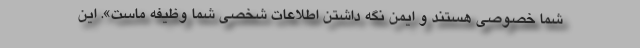
شما خصوصی هستند و ایمن نگه داشتن اطلاعات شخصی شما وظیفه ماست». این